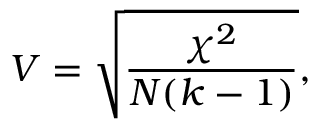
V = { \sqrt { \frac { \chi ^ { 2 } } { N ( k - 1 ) } } } ,